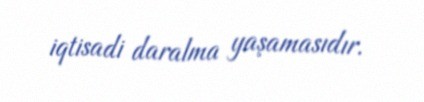
iqtisadi daralma yaşamasıdır.